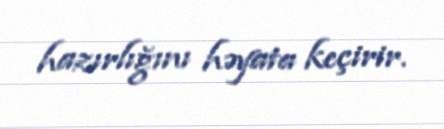
hazırlığını həyata keçirir.